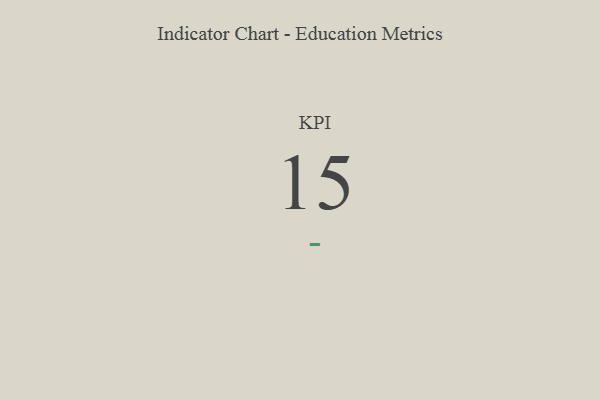
{"axis": {"x": "KPI", "y": "Value"}, "legend": [""], "data": [{"x": "KPI", "y": 15, "type": ""}]}